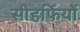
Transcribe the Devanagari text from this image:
सीहर्फियों